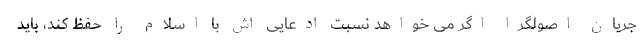
جریان اصولگرا اگر می خواهد نسبت ادعایی اش با اسلام را حفظ کند، باید